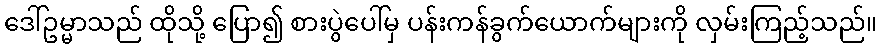
ဒေါ်ဥမ္မာသည် ထိုသို့ ပြော၍ စားပွဲပေါ်မှ ပန်းကန်ခွက်ယောက်များကို လှမ်းကြည့်သည်။